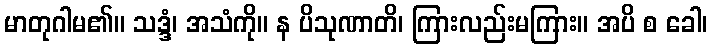
မာတုဂါမ၏။ သဒ္ဒံ၊ အသံကို။ န ပိသုဏာတိ၊ ကြားလည်းမကြား။ အပိ စ ခေါ၊